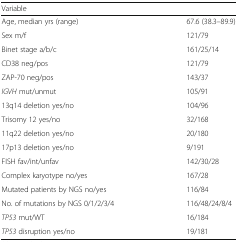
<table><thead><tr><td><b>Variable</b></td><td></td></tr></thead><tbody><tr><td>Age, median yrs (range)</td><td>67.6 (38.3–89.9)</td></tr><tr><td>Sex m/f</td><td>121/79</td></tr><tr><td>Binet stage a/b/c</td><td>161/25/14</td></tr><tr><td>CD38 neg/pos</td><td>121/79</td></tr><tr><td>ZAP-70 neg/pos</td><td>143/37</td></tr><tr><td><i>IGVH</i> mut/unmut</td><td>105/91</td></tr><tr><td>13q14 deletion yes/no</td><td>104/96</td></tr><tr><td>Trisomy 12 yes/no</td><td>32/168</td></tr><tr><td>11q22 deletion yes/no</td><td>20/180</td></tr><tr><td>17p13 deletion yes/no</td><td>9/191</td></tr><tr><td>FISH fav/int/unfav</td><td>142/30/28</td></tr><tr><td>Complex karyotype no/yes</td><td>167/28</td></tr><tr><td>Mutated patients by NGS no/yes</td><td>116/84</td></tr><tr><td>No. of mutations by NGS 0/1/2/3/4</td><td>116/48/24/8/4</td></tr><tr><td><i>TP53</i> mut/WT</td><td>16/184</td></tr><tr><td><i>TP53</i> disruption yes/no</td><td>19/181</td></tr></tbody></table>